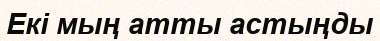
Екі мың атты астыңды